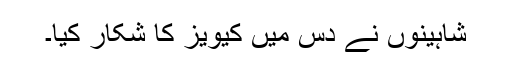
شاہینوں نے دس میں کیویز کا شکار کیا۔